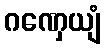
ဂဏှေယျံ